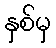
နှစ်မှ